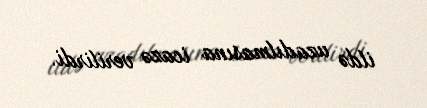
ildə uzadılmasına icazə verilirdi.